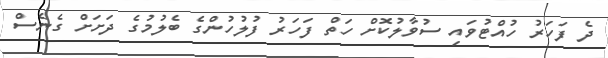
ދެ ފަހަރު ހުއްޓުވައި ސުވާލުކޮށް ހަތް ފަހަރު ފުލުހުންގެ ބެލުމުގެ ދަށަށް ގެނެސް